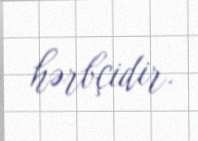
hərbçidir.